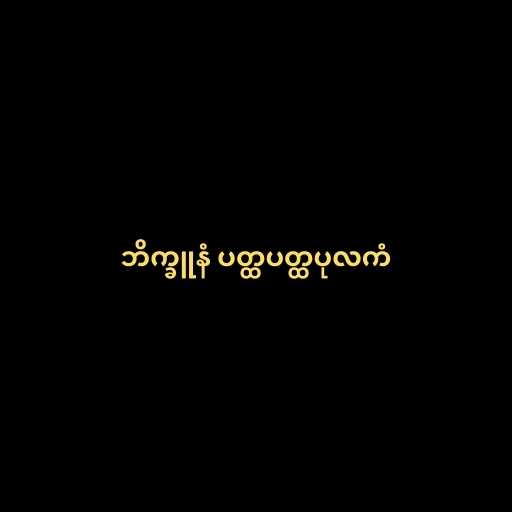
ဘိက္ခူနံ ပတ္ထပတ္ထပုလကံ